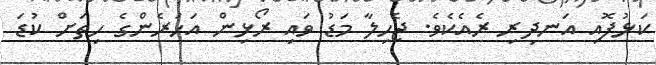
ކަޅުފޮއި އަނދިރި ރެއެެކެވެ. ޖެހިލާ މަޑު ވައި ރޯޅިން އަހަރެންގެ ހިތަށް ކުޑަ